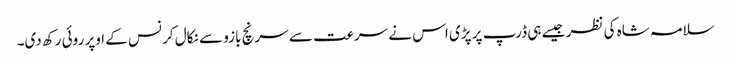
سلامہ شاہ کی نظر جیسے ہی ڈرپ پر پڑی اس نے سرعت سے سرنچ بازو سے نکال کر نس کے اوپر روئی رکھ دی۔